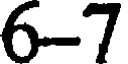
6-7